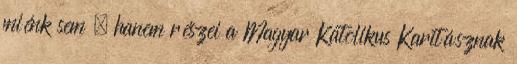
miénk sem , hanem részei a Magyar Katolikus Karitásznak